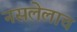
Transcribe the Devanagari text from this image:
नसलेलाच